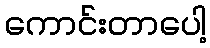
ကောင်းတာပေါ့